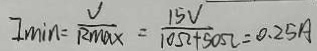
I _ { \min } = \frac { U } { R _ { \max } } = \frac { 1 5 V } { 1 0 \Omega + 5 0 \Omega } = 0 . 2 5 A